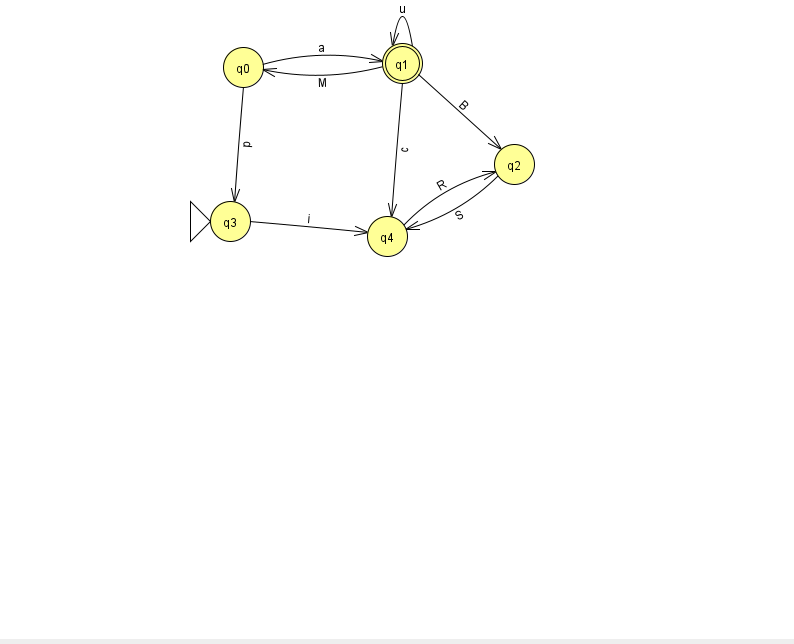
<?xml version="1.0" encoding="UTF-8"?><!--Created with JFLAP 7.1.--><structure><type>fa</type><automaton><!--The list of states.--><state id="0" name="q0"><x>243.0</x><y>54.0</y></state><state id="1" name="q1"><x>402.0</x><y>50.0</y><final/></state><state id="2" name="q2"><x>514.0</x><y>151.0</y></state><state id="3" name="q3"><x>230.0</x><y>208.0</y><initial/></state><state id="4" name="q4"><x>387.0</x><y>223.0</y></state><!--The list of transitions.--><transition><from>0</from><to>1</to><read>a</read></transition><transition><from>4</from><to>2</to><read>R</read></transition><transition><from>1</from><to>1</to><read>u</read></transition><transition><from>2</from><to>4</to><read>S</read></transition><transition><from>0</from><to>3</to><read>p</read></transition><transition><from>1</from><to>4</to><read>c</read></transition><transition><from>3</from><to>4</to><read>i</read></transition><transition><from>1</from><to>2</to><read>B</read></transition><transition><from>1</from><to>0</to><read>M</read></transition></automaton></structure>